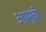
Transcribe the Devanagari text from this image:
आमुचं